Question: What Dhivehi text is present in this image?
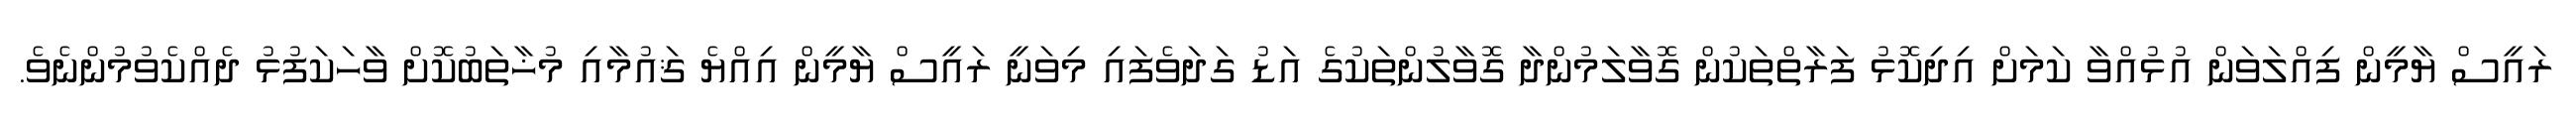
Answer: ރައީސް ޔާމީން ފިއްލަވަން އުޅުއްވާ ކަމަށް އިދިކޮޅު ފަރާތްތަކުން ގޮވާލަމުންދާ ގޮވާލުންތަކުގެ އަޑު ގަދަވެފައި މިވަނީ ރައީސް ޔާމީން އިއްޔެ ޤައުމާއި މުޚާތަބުކޮށް ވާހަކަފުޅު ދެއްކެވުމުންނެވެ.